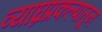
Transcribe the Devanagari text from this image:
व्याघ्रप्रकल्पातून